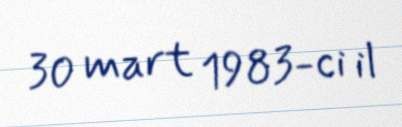
30 mart 1983-ci il